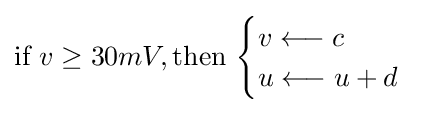
{\text{if }}v\geq 30mV,{\text{then }}{\begin{cases}v\longleftarrow c\\u\longleftarrow u+d\\\end{cases}}